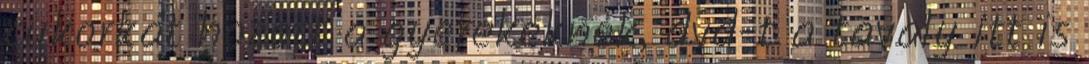
cukorkát hozott a gyerekeknek, dvd-t a tavaly itt is